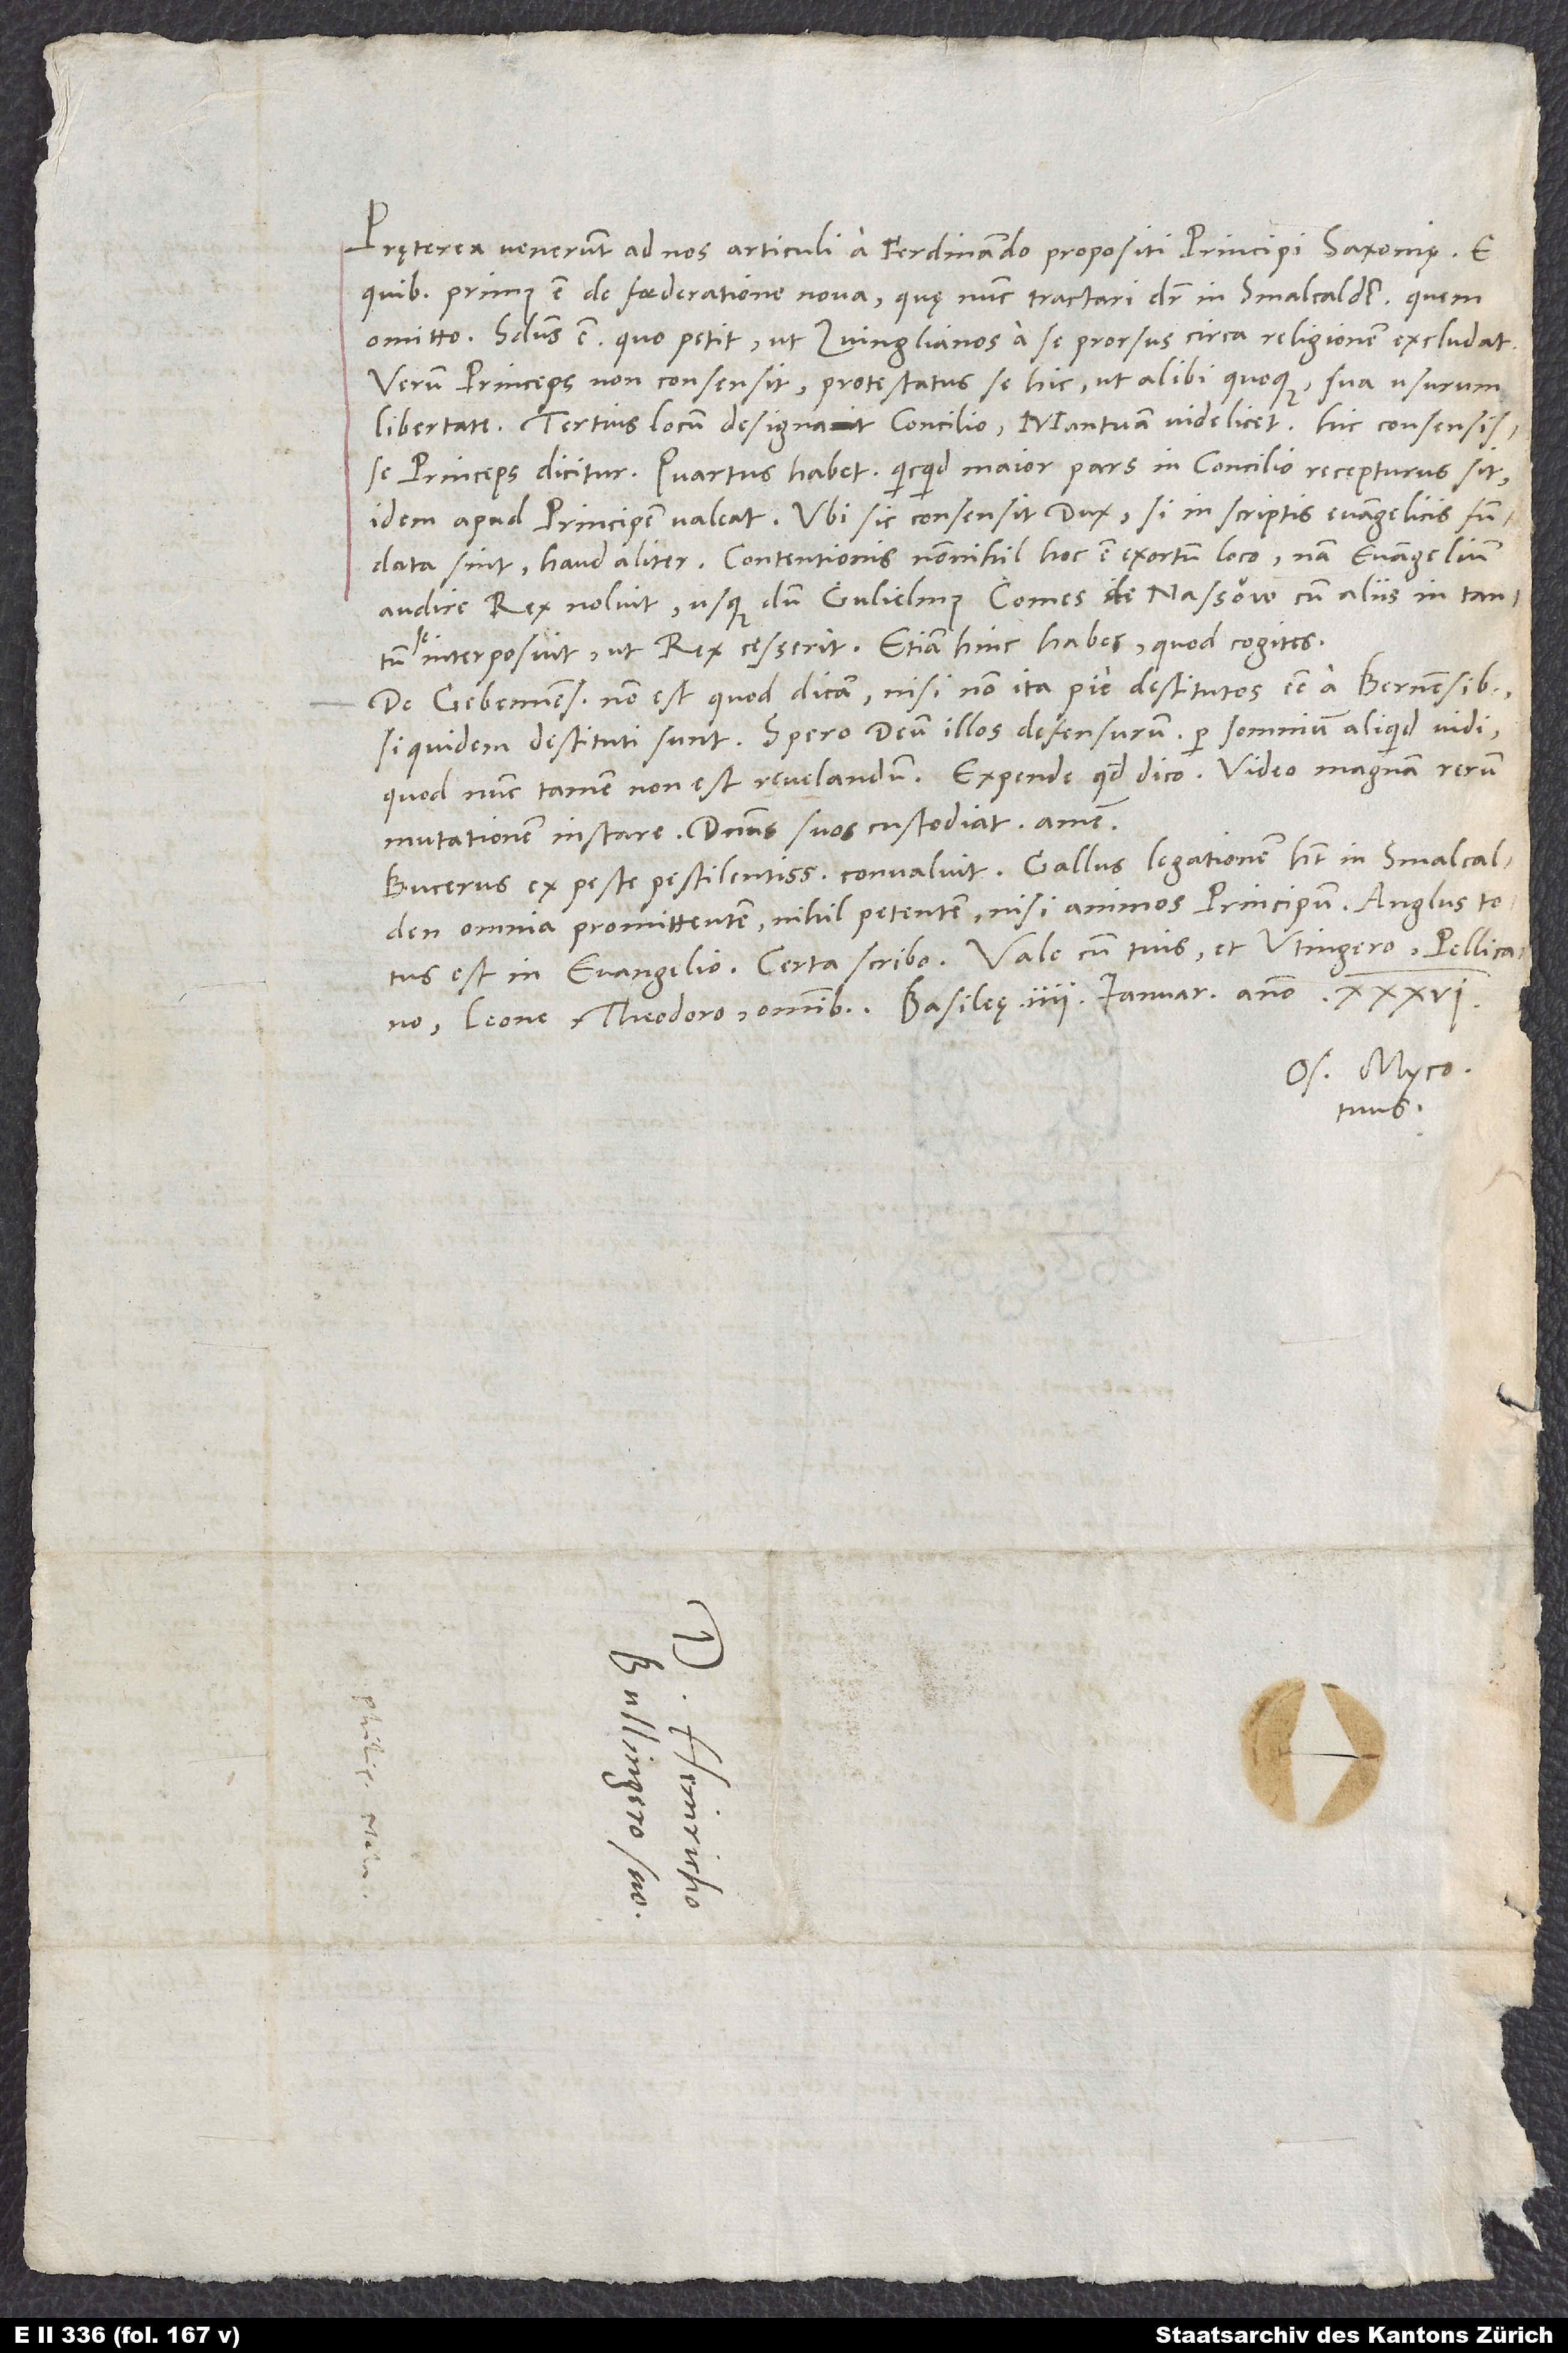
Praeterea venerunt ad nos articuli a Ferdinando propositi principi Saxoniae, e
quibus primus est de foederatione nova, quę nunc tractari dicitur inSmalcalden; quem
omitto. Secundus est, quo petit, ut Zvinglianos a se prorsus circa religionem excludat.
Verum princeps non consensit protestatus se hic ut alibi quoque sua usurum
libertate. Tertius locum designat concilio, Mantuam videlicet. Hic consensisse
princeps dicitur. Quartus habet, quicquid maior pars in concilio recepturus sit,
idem apud principem valeat. Ubi sic consensit dux: si in scriptis evangelicis fundata
sint, haud aliter. Contentionis nonnihil hoc est exortum loco, nam evangelium
audire rex noluit, usque dum Gulielmus comes de Nassouw cum aliis in tantum
interposuit, ut rex cessent. Etiam hinc habes, quod cogites.
De Gebennensibus non est, quod dicam, nisi non ita pie destitutos esse a Bernensibus,
siquidem destituti sunt. Spero deum illos defensurum. Per somnium aliquid vidi,
quod nunc tamen non est revelandum. Expende, quod dico. Video magnam rerum
mutationem instare. Dominus suos custodiat. Amen.
omnia promittentem, nihil petentem, nisi animosprincipum.
Os. Myco.
tuus.
S.